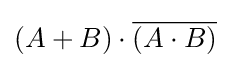
(A+B)\cdot {\overline {(A\cdot B)}}